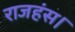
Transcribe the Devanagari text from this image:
राजहंस।